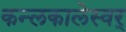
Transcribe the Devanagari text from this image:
कन्लकालेस्वर्